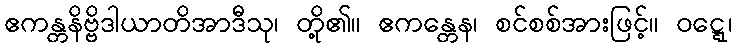
ဧကန္တနိဗ္ဗိဒါယာတိအာဒီသု၊ တို့၏။ ဧကန္တေန၊ စင်စစ်အားဖြင့်။ ဝဋ္ဋေ၊